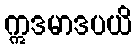
ဣဒမာဒပယိ